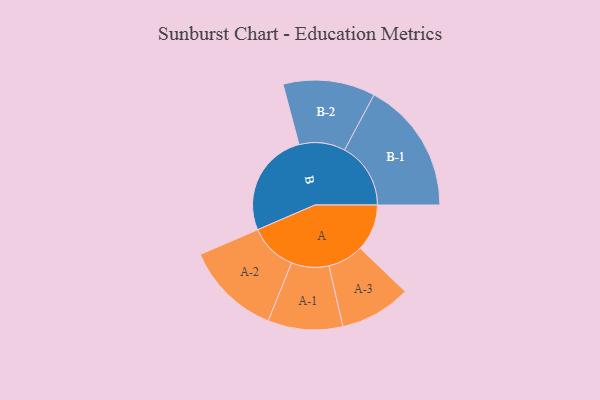
{"axis": {"x": "Segment", "y": "Value"}, "legend": ["", "A", "B"], "data": [{"x": "A", "y": 184, "type": ""}, {"x": "B", "y": 414, "type": ""}, {"x": "A-1", "y": 147, "type": "A"}, {"x": "A-2", "y": 188, "type": "A"}, {"x": "A-3", "y": 140, "type": "A"}, {"x": "B-1", "y": 260, "type": "B"}, {"x": "B-2", "y": 181, "type": "B"}]}